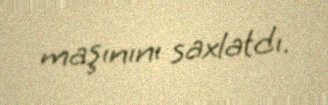
maşınını saxlatdı.